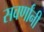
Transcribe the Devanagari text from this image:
सवर्णांनी